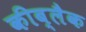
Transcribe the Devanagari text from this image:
कीब्लैक